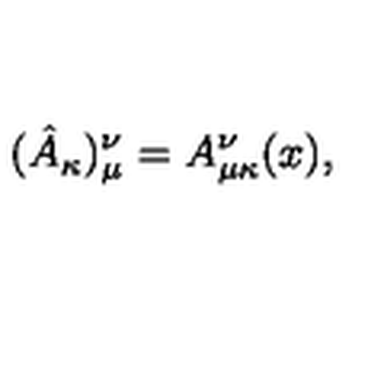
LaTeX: ( \hat { A } _ { \kappa } ) _ { \mu } ^ { \nu } = A _ { \mu \kappa } ^ { \nu } ( x ) ,